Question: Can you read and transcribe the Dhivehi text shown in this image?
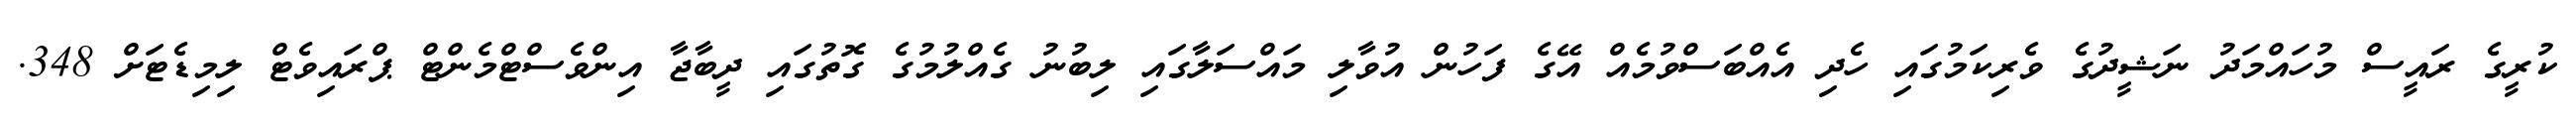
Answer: ކުރީގެ ރައީސް މުހައްމަދު ނަޝީދުގެ ވެރިކަމުގައި ހެދި އެއްބަސްވުމެއް އޭގެ ފަހުން އުވާލި މައްސަލާގައި ލިބުނު ގެއްލުމުގެ ގޮތުގައި ދީބާޖާ އިންވެސްޓްމެންޓް ޕްރައިވެޓް ލިމިޑެޓަށް 348.